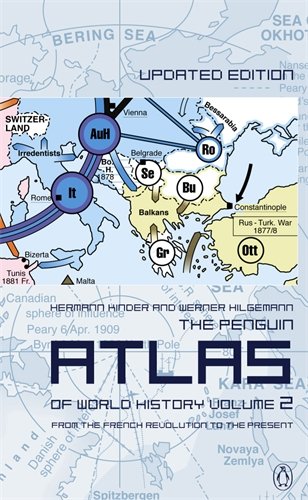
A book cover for The Penguin Atlas of World History: Volume 2: From the French Revolution to the Present (Penguin Reference Books); Hermann Kinder; Reference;